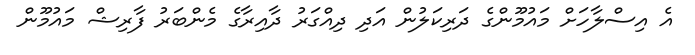
އެ އިސްލާހަށް މައުމޫންގެ ދަރިކަލުން އަދި ދިއްގަރު ދާއިރާގެ މެންބަރު ފާރިޝް މައުމޫން